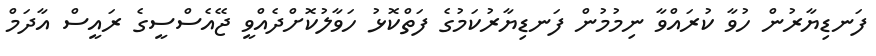
ފަނޑިޔާރުން ހުވާ ކުރައްވާ ނިމުމުން ފަނޑިޔާރުކަމުގެ ފަތްކޮޅު ހަވާލުކޮށްދެއްވީ ޖޭއެސްސީގެ ރައީސް އާދަމް